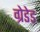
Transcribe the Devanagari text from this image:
ग्रेडेड